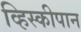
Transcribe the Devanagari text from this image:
व्हिस्कीपान